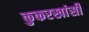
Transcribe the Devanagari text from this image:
कुकरखांसी